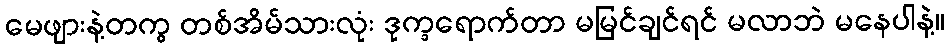
မေဖျားနဲ့တကွ တစ်အိမ်သားလုံး ဒုက္ခရောက်တာ မမြင်ချင်ရင် မလာဘဲ မနေပါနဲ့။